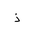
Letter: _thal